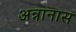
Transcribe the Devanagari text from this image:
अन्नानास